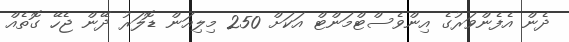
ދެން އެފެންވަރުގެ އިންވެސްޓްމަންޓް އަކަށް 250 މިލިއަން ޑޮލަރު ދޭން ޖެހޭ ގޮތެއް